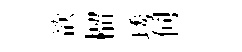
欲榴琇伺